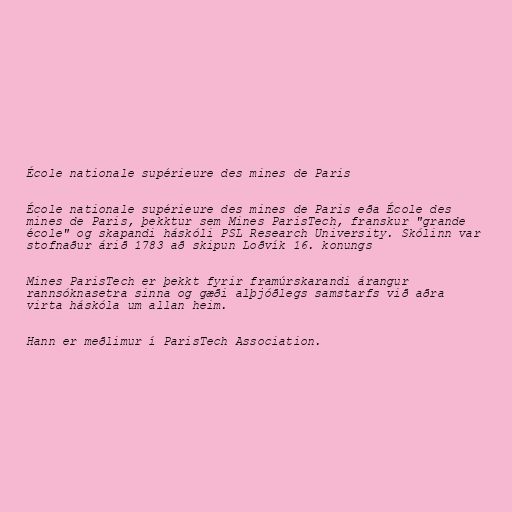
École nationale supérieure des mines de Paris

École nationale supérieure des mines de Paris eða École des
mines de Paris, þekktur sem Mines ParisTech, franskur "grande
école" og skapandi háskóli PSL Research University. Skólinn var
stofnaður árið 1783 að skipun Loðvík 16. konungs

Mines ParisTech er þekkt fyrir framúrskarandi árangur
rannsóknasetra sinna og gæði alþjóðlegs samstarfs við aðra
virta háskóla um allan heim.

Hann er meðlimur í ParisTech Association.